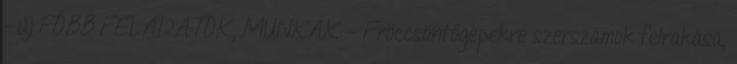
- új FŐBB FELADATOK, MUNKÁK: - Fröccsöntőgépekre szerszámok felrakása,